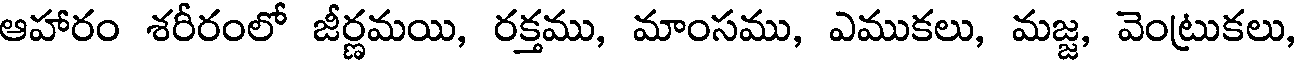
ఆహారం శరీరంలో జీర్ణమయి, రక్తము, మాంసము, ఎముకలు, మజ్జ, వెంట్రుకలు,